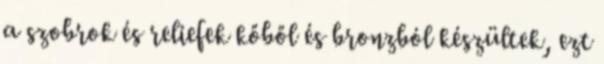
a szobrok és reliefek kőből és bronzból készültek, ezt